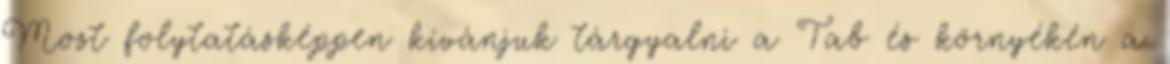
Most folytatásképpen kívánjuk tárgyalni a Tab és környékén a